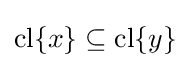
\operatorname {cl} \{x\}\subseteq \operatorname {cl} \{y\}